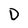
Character: D